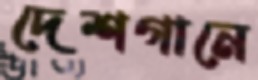
দেশগানে